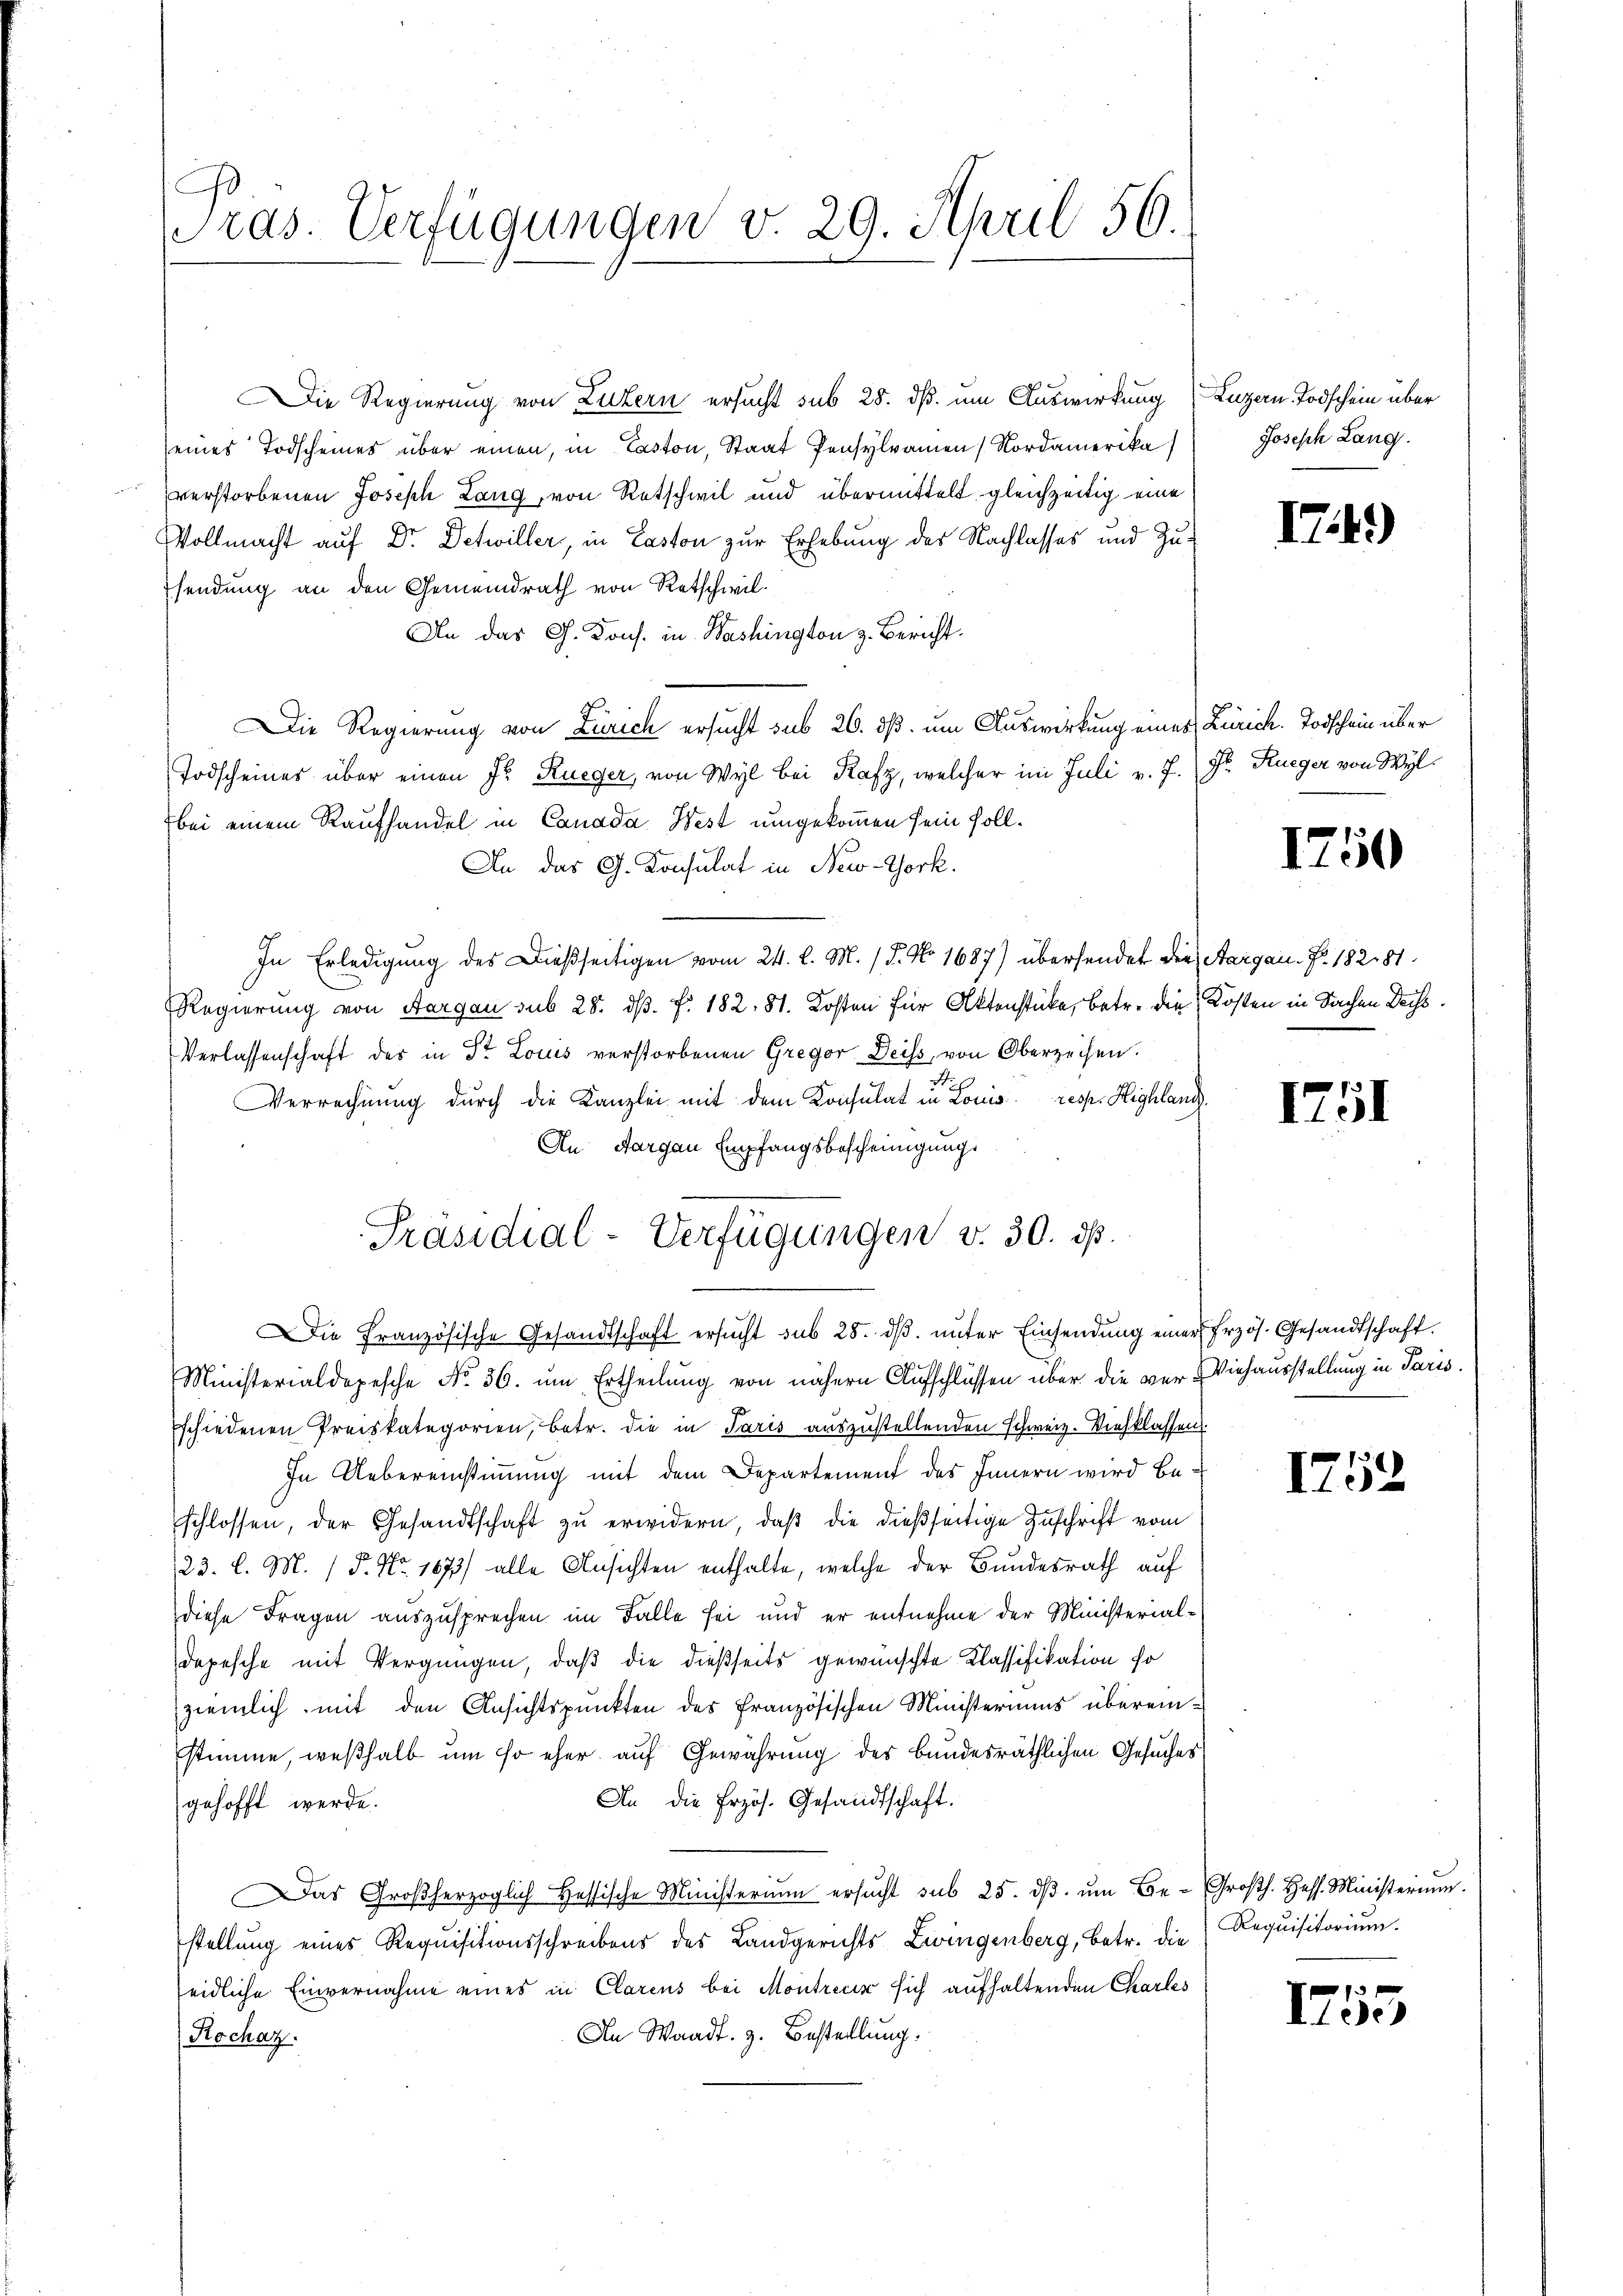
ie Regierung von Luzern ersucht sub 28. dß. um Auswirkung Luzern Todschein über
seines Todscheines über einen, in Caston, Staat Pensylvamen Nordamerika
verstorbenen Joseph Lang, von Ratschwil und übermittelt gleichzeitig eine
Vollmacht auf Dr. Detwiller, in Laston zur Erhebung des Nachlasses und Zusendung an den Gemeindrath von Retschwil¬
An das G. Kons. in Washington z. Bericht.
Die Regierung von Zürich ersucht sub 26. dß. um Auswirkung eines Zürich. Todschein über
Todscheines über einen Fr. Rueger, von Wyl bei Rafz, welcher im Juli v. J. Dr. Rueger von Wyl
bei einem Raufhandel in Canada West umgekommen sein soll.
An das G. Konsulat in New-York.
In Erledigung des Dießseitigen vom 24. d. M. (T. No 1687) übersendet die Aargau. Nr. 182181
Regierung von Aargau sub 28. ds. f. 182. 81. Kosten für Aktenstücke, betr. die Kosten in Sachen Deiss.
Verlassenschaft des in Dr. Louis verstorbenen Gregor Deiss, von Oberzeihen.
Verrechnung durch die Kanzlei mit dem Konsulat in Louis resp. Highland.
An Aargau Empfangsbescheinigung.
Die Französische Gesandtschaft ersucht sub 28. dβ. unter Einsendung einer Erzös. Gesandtschaft.
Ministerialdepesche No. 36. um Ertheilung von nähern Aufschlüssen über die ver- Viehausstellung in Paris.
schiedenen Preiskategorien, betr. die in Paris auszustellenden Schweiz. Viehklassen
In Uebereinstimmung mit dem Departement des Innern wird be-
schlossen, der Gesandtschaft zŭ erwidern, daβ die dießseitige Zuschrift vom
23. l. M. / 5. No. 1673) alle Ansichten enthalte, welche der Bundesrath auf
diese Fragen auszusprechen im Falle sei und er entnehme der Ministerial¬
Depesche mit Vergnügen, daß die dießseits gewünschte Klassifikation so
ziemlich mit den Ansichtspunkten des Französischen Ministeriums überein-
stimme, weßhalb um so eher auf Gewährung der bundesräthlichen Gesuches
An die frzös. Gesandtschaft.
gehofft werde.
Das Großherzoglich Hessische Ministerium ersŭcht sub 25. dβ ŭm Be- Großh. Hess. Ministerium.
stellung eines Requisitionsschreibens des Landgerichts Zwingenberg, betr. die
eidliche Einvernahme eines in Clarens bei Montreur sich aufhaltenden Charles
An Waadt. 3. Bestellung.
Rochaz.

A
ras. Verfügungen v. 29. April 56.

Präsidial-Verfügungen v. 30. ds.

Joseph Lang

IT.41)

1750

1751

1752

Requisitorium.

1755